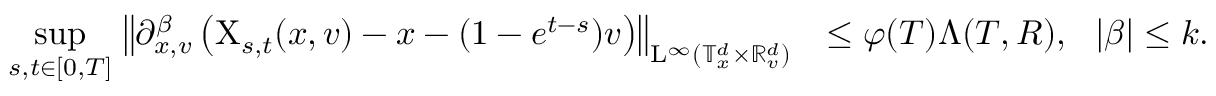
\begin{array} { r l } { \underset { s , t \in [ 0 , T ] } { \operatorname* { s u p } } \, \left\Vert \partial _ { x , v } ^ { \beta } \left( \mathrm { X } _ { s , t } ( x , v ) - x - ( 1 - e ^ { t - s } ) v \right) \right\Vert _ { \mathrm { L } ^ { \infty } ( \mathbb T _ { x } ^ { d } \times \mathbb R _ { v } ^ { d } ) } } & { \leq \varphi ( T ) \Lambda ( T , R ) , \ \ \vert \beta \vert \leq k . } \end{array}